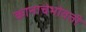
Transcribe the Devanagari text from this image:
कानाचेभोवती